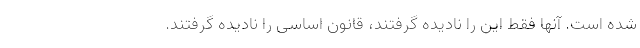
شده است. آنها فقط این را نادیده گرفتند، قانون اساسی را نادیده گرفتند.